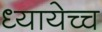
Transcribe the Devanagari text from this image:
ध्यायेच्च